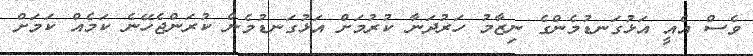
ވެސް އެއީ އަޅުގަނޑުމެންގެ ނިޒާމު ހަރުދަނާ ކުރުމަށް އަޅުގަނޑުމެން ކުރަންޖެހޭނެ ކަމެއް ކަމަށް